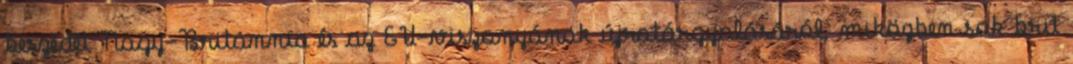
beszédét Nagy-Britannia és az EU-viszonyának újratárgyalásáról, miközben sok brit